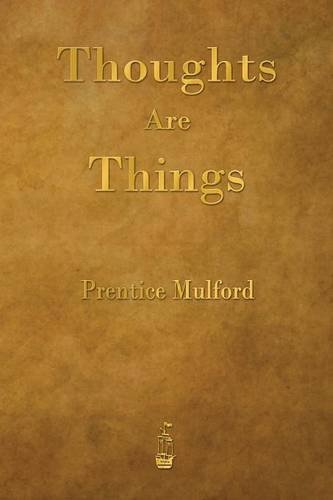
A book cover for Thoughts Are Things; Prentice Mulford; Religion & Spirituality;